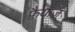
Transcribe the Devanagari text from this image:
फ़ैयाज़